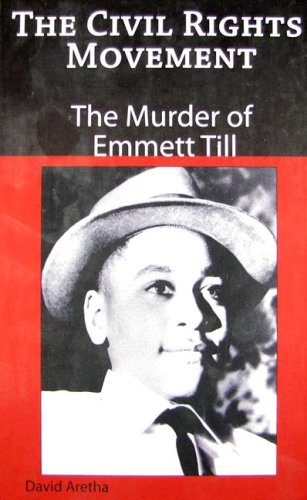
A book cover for The Murder of Emmett Till (The Civil Rights Movement); David Aretha; Teen & Young Adult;